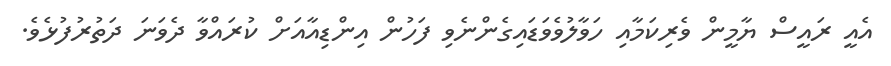
އެއީ ރައީސް ޔާމީން ވެރިކަމާއި ހަވާލުވެވަޑައިގެންނެވި ފަހުން އިންޑިއާއަށް ކުރައްވާ ދެވަނަ ދަތުރުފުޅެވެ.